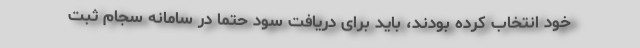
خود انتخاب کرده بودند، باید برای دریافت سود حتما در سامانه سجام ثبت